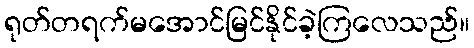
ရုတ်တရက်မအောင်မြင်နိုင်ခဲ့ကြလေသည်။